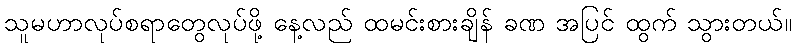
သူမဟာလုပ်စရာတွေလုပ်ဖို့ နေ့လည် ထမင်းစားချိန် ခဏ အပြင် ထွက် သွားတယ်။